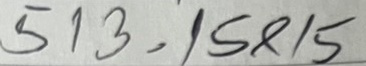
513 = 15x15